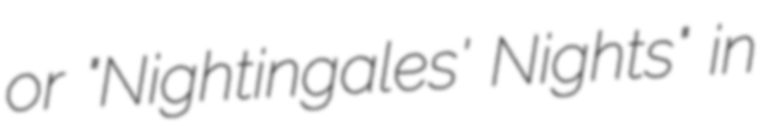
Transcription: or "Nightingales' Nights" in